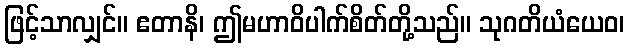
ဖြင့်သာလျှင်။ ဧတာနိ၊ ဤမဟာဝိပါက်စိတ်တို့သည်။ သုဂတိယံယေဝ၊